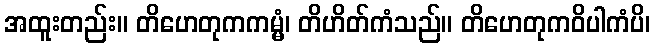
အထူးတည်း။ တိဟေတုကကမ္မံ၊ တိဟိတ်ကံသည်။ တိဟေတုကဝိပါကံပိ၊